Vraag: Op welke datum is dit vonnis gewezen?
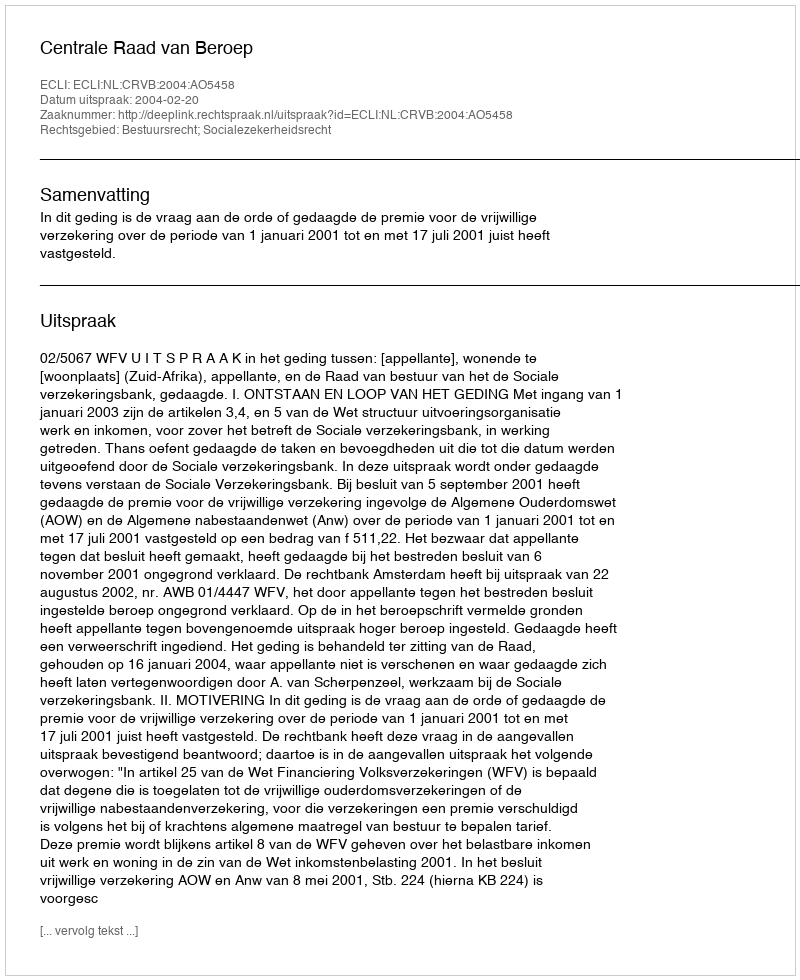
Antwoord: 2004-02-20